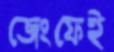
জেংফেই